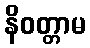
နိဝတ္တာမ